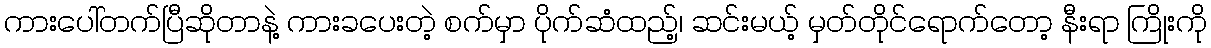
ကားပေါ်တက်ပြီဆိုတာနဲ့ ကားခပေးတဲ့ စက်မှာ ပိုက်ဆံထည့်၊ ဆင်းမယ့် မှတ်တိုင်ရောက်တော့ နီးရာ ကြိုးကို